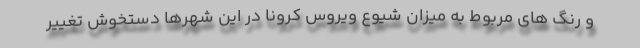
و رنگ های مربوط به میزان شیوع ویروس کرونا در این شهرها دستخوش تغییر